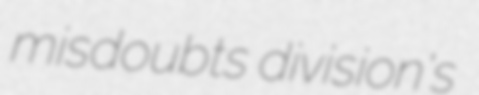
misdoubts division's